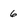
Character: 6